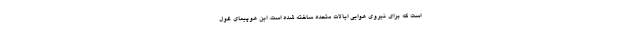
است که برای نیروی هوایی ایالات متحده ساخته شده است. این هوپیمای غول